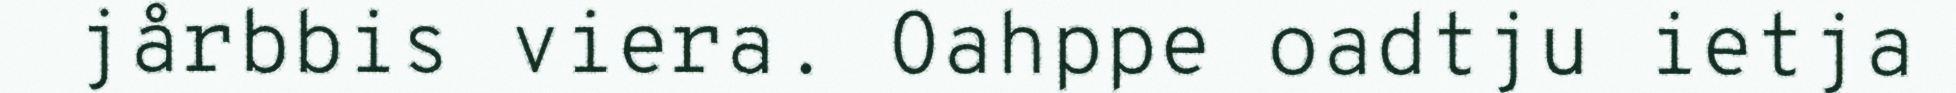
jårbbis viera. Oahppe oadtju ietja